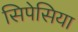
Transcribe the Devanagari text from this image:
सिपेसिया